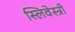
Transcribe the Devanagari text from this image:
स्लिवेस्त्री